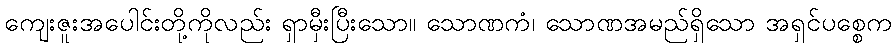
ကျေးဇူးအပေါင်းတို့ကိုလည်း ရှာမှီးပြီးသော။ သောဏကံ၊ သောဏအမည်ရှိသော အရှင်ပစ္စေက